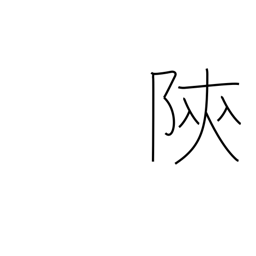
Meaning: place name